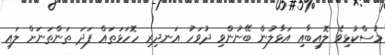
މުސްކުޅިވެ ލޮއިބާއި އަޅާލުން ބޭނުންވި ދުވަހު އަނދިރި ހޮހަޅަތައް ފަދަ ތަންތަނަށް ލައި